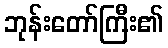
ဘုန်းတော်ကြီး၏